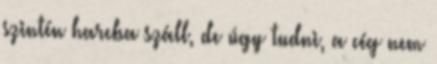
szintén harcba száll, de úgy tudni, a cég nem